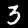
Label: 3